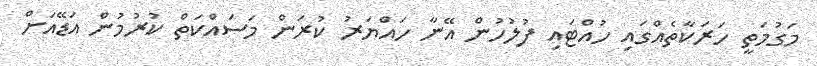
މަގުމަތީ ހަރަކާތެއްގައި ހުއްޓައި ފުލުހުން އޭނާ ހައްޔަރު ކުރަން މަސައްކަތް ކުރުމުން އަޑޭއަށް